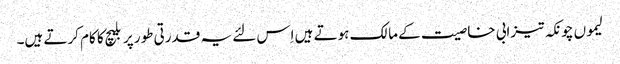
لیموں چونکہ تیزابی خاصیت کے مالک ہوتے ہیں اِس لئے یہ قدرتی طور پر بلیچ کا کام کرتے ہیں۔